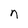
Character: n